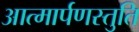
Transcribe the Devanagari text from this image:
आत्मार्पणस्तुति